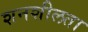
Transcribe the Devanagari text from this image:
शनशीलता